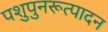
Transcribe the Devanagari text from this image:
पशुपुनरूत्पादन